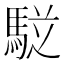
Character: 𲋷